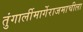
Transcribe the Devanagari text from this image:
तुंगार्लीमार्गेराजमाचीला